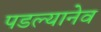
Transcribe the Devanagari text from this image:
पडल्यानेव